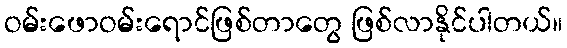
ဝမ်းဖောဝမ်းရောင်ဖြစ်တာတွေ ဖြစ်လာနိုင်ပါတယ်။